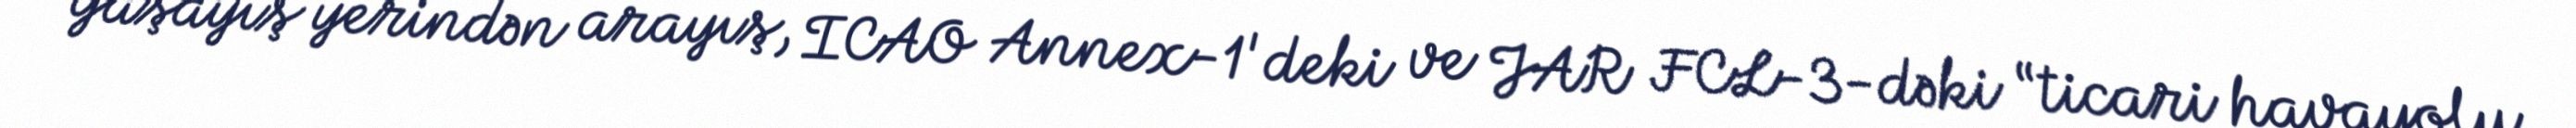
Yaşayış yerindən arayış, ICAO Annex-1'deki ve JAR FCL-3-dəki “ticari havayolu